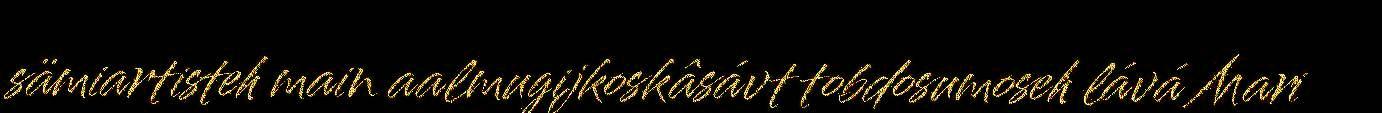
sämiartisteh main aalmugijkoskâsávt tobdosumoseh lává Mari